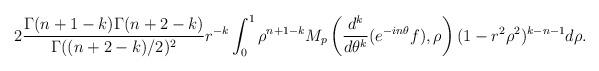
LaTeX: \begin{align*}2 \frac{\Gamma(n+1-k)\Gamma(n+2-k)}{\Gamma((n+2-k)/2)^2}r^{-k} \int_0^1 \rho^{n+1-k} M_p\left( \frac{d^k}{d\theta^k} (e^{-in\theta} f), \rho \right) (1-r^2\rho^2)^{k-n-1} d\rho.\\\end{align*}